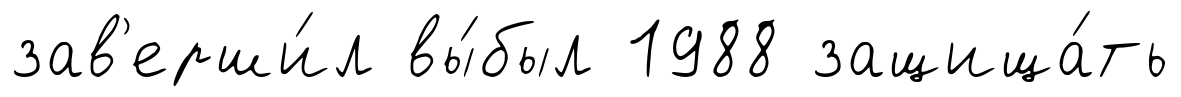
зав'ерши́л вы́был 1988 защища́ть